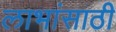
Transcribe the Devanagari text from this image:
लाभांसाठी